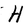
Character: H